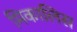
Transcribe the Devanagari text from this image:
मिकालिस